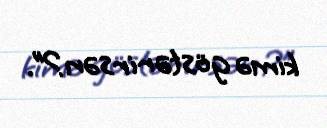
kimə göstərirsən?”.